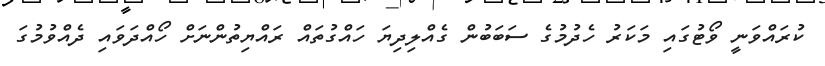
ކުރައްވަނީ ވޯޓުގައި މަކަރު ހެދުމުގެ ސަބަބުން ގެއްލިދިޔަ ހައްގުތައް ރައްޔިތުންނަށް ހޯއްދަވައި ދެއްވުމުގަ